Indian journal of veterinary science and animal husbandry - Volumes 18-21, 1948-1951
Year: 1948
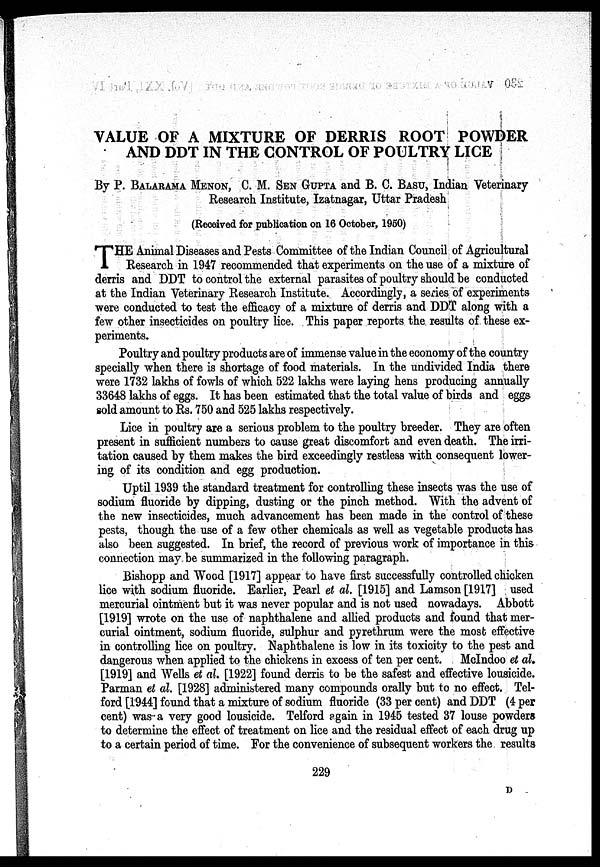
VALUE OF A MIXTURE OF DERRIS ROOT POWDER
AND DDT IN THE CONTROL OF POULTRY LICE
By P. BALARAMA MENON, C. M. SEN GUPTA AND B. C. BASU, Indian Veterinary
Research Institute, Izatnagar, Uttar Pradesh
(Received for publication on 16 October, 1950)
T HE Animal Diseases and Pests Committee of the Indian Council of Agricultural
Research in 1947 recommended that experiments on the use of a mixture of
derris and DDT to control the external parasites of poultry should be conducted
at the Indian Veterinary Research Institute. Accordingly, a series of experiments
were conducted to test the efficacy of a mixture of derris and DDT along with a
few other insecticides on poultry lice. This paper reports the results of these ex-
periments.
Poultry and poultry products are of immense value in the economy of the country
specially when there is shortage of food materials. In the undivided India there
were 1732 lakhs of fowls of which 522 lakhs were laying hens producing annually
33648 lakhs of eggs. It has been estimated that the total value of birds and eggs
sold amount to Rs. 750 and 525 lakhs respectively.
Lice in poultry are a serious problem to the poultry breeder. They are often
present in sufficient numbers to cause great discomfort and even death. The irri-
tation caused by them makes the bird exceedingly restless with consequent lower-
ing of its condition and egg production.
Uptil 1939 the standard treatment for controlling these insects was the use of
sodium fluoride by dipping, dusting or the pinch method. With the advent of
the new insecticides, much advancement has been made in the control of these
pests, though the use of a few other chemicals as well as vegetable products has
also been suggested. In brief, the record of previous work of importance in this
connection may be summarized in the following paragraph.
Bishopp and Wood [1917] appear to have first successfully controlled chicken
lice with sodium fluoride. Earlier, Pearl et al. [1915] and Lamson [1917] used
mercurial ointment but it was never popular and is not used nowadays. Abbott
[1919] wrote on the use of naphthalene and allied products and found that mer-
curial ointment, sodium fluoride, sulphur and pyrethrum were the most effective
in controlling lice on poultry. Naphthalene is low in its toxicity to the pest and
dangerous when applied to the chickens in excess of ten per cent. McIndoo et al.
[1919] and Wells et al. [1922] found derris to be the safest and effective lousicide.
Parman et al. [1928] administered many compounds orally but to no effect. Tel-
ford [1944] found that a mixture of sodium fluoride (33 per cent) and DDT (4 per
cent) was a very good lousicide. Telford again in 1945 tested 37 louse powders
to determine the effect of treatment on lice and the residual effect of each drug up
to a certain period of time. For the convenience of subsequent workers the results
229
D